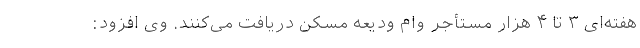
هفته‌ای ۳ تا ۴ هزار مستأجر وام ودیعه مسکن دریافت می‌کنند. وی افزود: